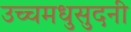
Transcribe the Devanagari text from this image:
उच्चमधुसुदनी